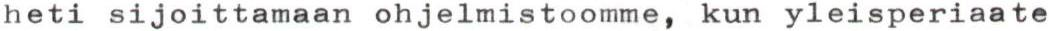
heti sijoittamaan ohjelmistoomme, kun yleisperiaate